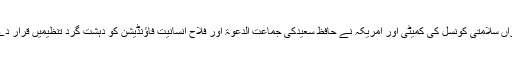
بعد ازاں سلامتی کونسل کی کمیٹی اور امریکہ نے حافظ سعیدکی جماعت الدعوۃ اور فلاحِ انسانیت فاؤنڈیشن کو دہشت گرد تنظیمیں قرار دے دیا۔